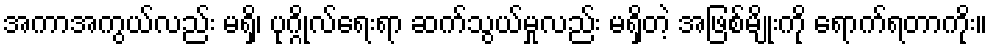
အကာအကွယ်လည်း မရှိ၊ ပုဂ္ဂိုလ်ရေးရာ ဆက်သွယ်မှုလည်း မရှိတဲ့ အဖြစ်မျိုးကို ရောက်ရတာကိုး။